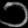
Digit: ၁